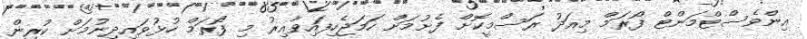
އިންވެސްޓްމަންޓް ފޯރަމް މިއަދު ރަސްމީކޮށް ފެށުމަށް ހަމަޖެހިފައިވާއިރު މި ފޯރަމް ހުޅުވައިދިނުމަށް ކުރިން